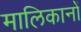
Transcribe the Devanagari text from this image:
मालिकानों